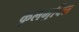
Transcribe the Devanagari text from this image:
कुलमुक्ति